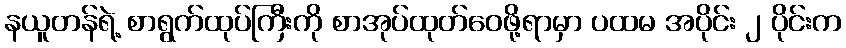
နယူတန်ရဲ့ စာရွက်ထုပ်ကြီးကို စာအုပ်ထုတ်ဝေဖို့ရာမှာ ပထမ အပိုင်း ၂ ပိုင်းက